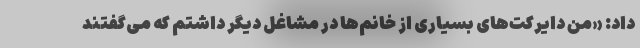
داد: «من دایرکت‌های بسیاری از خانم‌ها در مشاغل دیگر داشتم که می‌گفتند